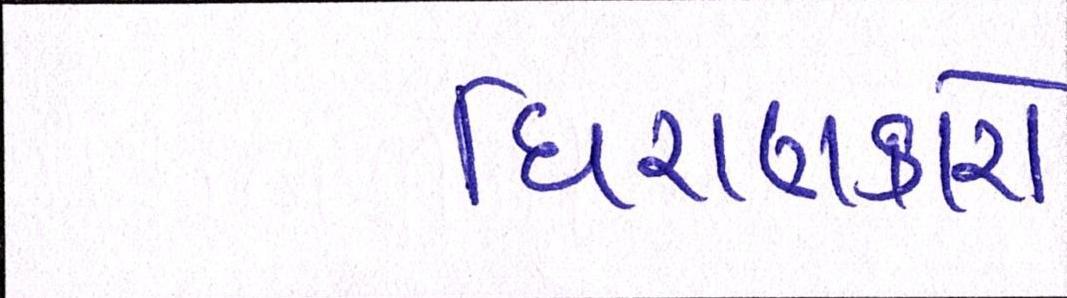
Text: ધિરાણકારો